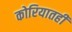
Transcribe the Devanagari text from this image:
कोरियातही